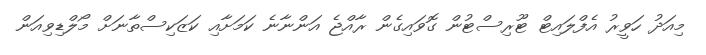
މިއަދު ހަވީރު އެފްލައިޓް ޓޫރިސްޓުން ގޮވައިގެން ރާއްޖެ އަންނާނެ ކަމަށާއި ކަޒަކިސްތާނަށް މޯލްޑިވިއަން